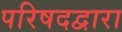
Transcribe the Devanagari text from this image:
परिषदद्वारा